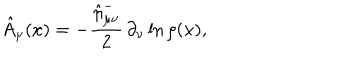
LaTeX: \hat { A } _ { \mu } ( x ) = - \frac { \hat { \eta } _ { \mu \nu } ^ { - } } 2 \, \partial _ { \nu } \ln \rho ( x ) ,